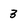
Character: 3